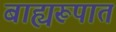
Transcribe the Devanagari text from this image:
बाह्यरूपात